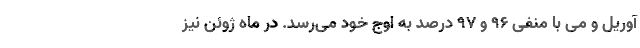
آوریل و می با منفی ۹۶ و ۹۷ درصد به اوج خود می‌رسد. در ماه ژوئن نیز